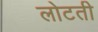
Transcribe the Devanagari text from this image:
लोटती